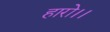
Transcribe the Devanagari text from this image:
हारो।।